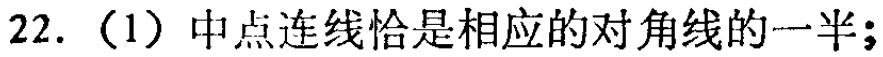
22. （1）中点连线恰是相应的对角线的一半；